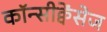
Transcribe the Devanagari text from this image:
कॉन्सीक्वेंसेज